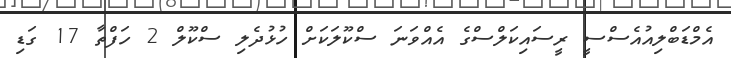
އެމްޑަބްލިއުއެސްސީ ރީސައިކަލްސްގެ އެއްވަނަ ސްކޫލަކަށް ހުޅުދެލި ސްކޫލް 2 ހަފްތާ 17 ގަޑި